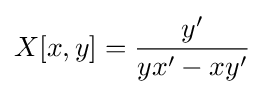
X[x,y]={\frac {y'}{yx'-xy'}}